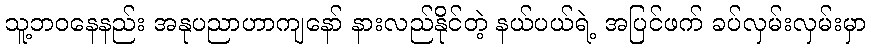
သူ့ဘဝနေနည်း အနုပညာဟာကျနော် နားလည်နိုင်တဲ့ နယ်ပယ်ရဲ့ အပြင်ဖက် ခပ်လှမ်းလှမ်းမှာ